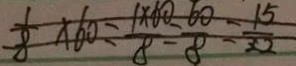
\frac { 1 } { 8 } \times 6 0 = \frac { 1 \times 6 0 } { 8 } = \frac { 6 0 } { 8 } = \frac { 1 5 } { 2 2 }